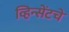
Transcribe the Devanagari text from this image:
व्हिन्सेंटचे